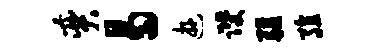
奕曷游躞疆殖